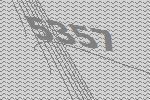
5357